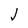
Character: J